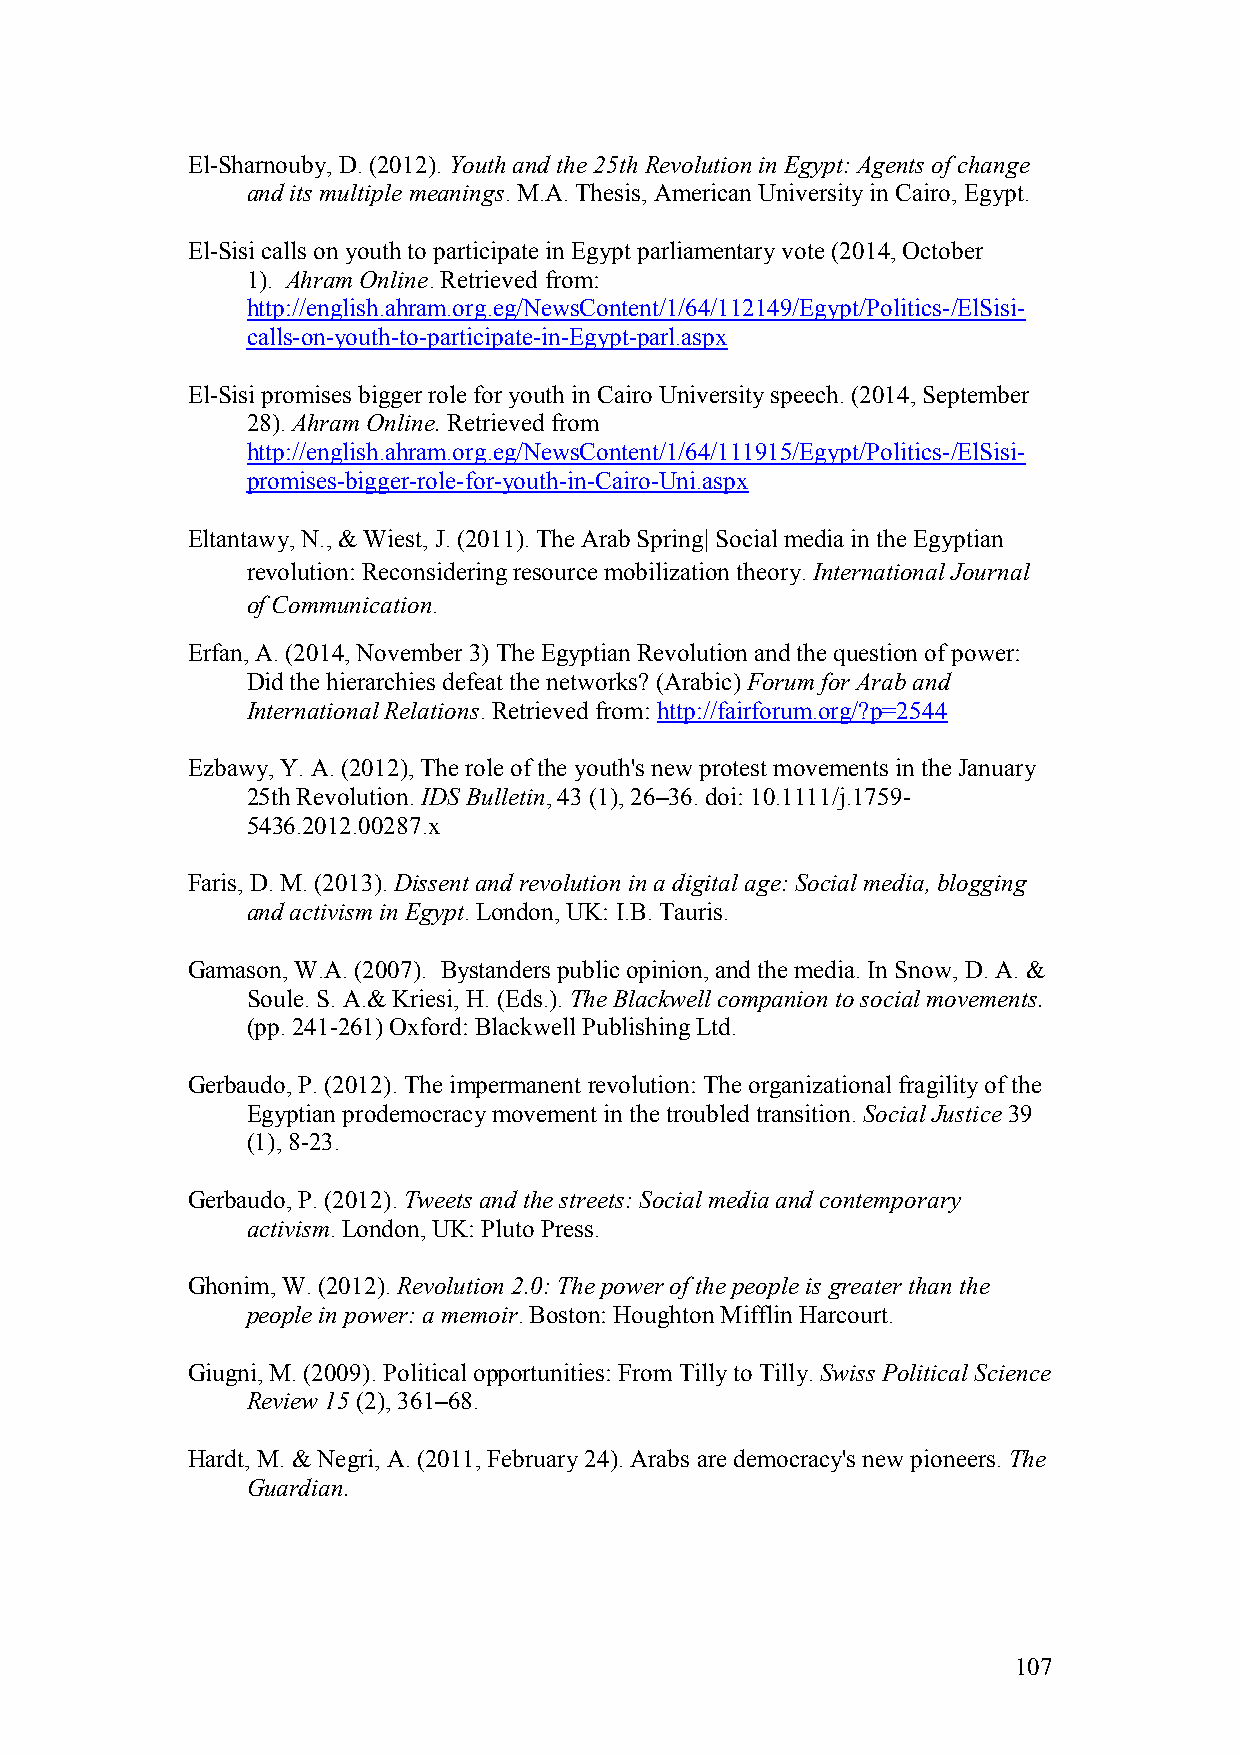
El-Sharnouby, D. (2012). Youth and the 25th Revolution in Egypt: Agents of change
 and its multiple meanings. M.A. Thesis, American University in Cairo, Egypt.
 El-Sisi calls on youth to participate in Egypt parliamentary vote (2014, October
 1). Ahram Online. Retrieved from:
 http://english.ahram.org.eg/NewsContent/1/64/112149/Egypt/Politics-/ElSisi-
 calls-on-youth-to-participate-in-Egypt-parl.aspx
 El-Sisi promises bigger role for youth in Cairo University speech. (2014, September
 28). Ahram Online. Retrieved from
 http://english.ahram.org.eg/NewsContent/1/64/111915/Egypt/Politics-/ElSisi-
 promises-bigger-role-for-youth-in-Cairo-Uni.aspx
 Eltantawy, N., & Wiest, J. (2011). The Arab Spring| Social media in the Egyptian
 revolution: Reconsidering resource mobilization theory. International Journal
 of Communication.
 Erfan, A. (2014, November 3) The Egyptian Revolution and the question of power:
 Did the hierarchies defeat the networks? (Arabic) Forum for Arab and
 International Relations. Retrieved from: http://fairforum.org/?p=2544
 Ezbawy, Y. A. (2012), The role of the youth's new protest movements in the January
 25th Revolution. IDS Bulletin, 43 (1), 26–36. doi: 10.1111/j.1759-
 5436.2012.00287.x
 Faris, D. M. (2013). Dissent and revolution in a digital age: Social media, blogging
 and activism in Egypt. London, UK: I.B. Tauris.
 Gamason, W.A. (2007). Bystanders public opinion, and the media. In Snow, D. A. &
 Soule. S. A.& Kriesi, H. (Eds.). The Blackwell companion to social movements.
 (pp. 241-261) Oxford: Blackwell Publishing Ltd.
 Gerbaudo, P. (2012). The impermanent revolution: The organizational fragility of the
 Egyptian prodemocracy movement in the troubled transition. Social Justice 39
 (1), 8-23.
 Gerbaudo, P. (2012). Tweets and the streets: Social media and contemporary
 activism. London, UK: Pluto Press.
 Ghonim, W. (2012). Revolution 2.0: The power of the people is greater than the
 people in power: a memoir. Boston: Houghton Mifflin Harcourt.
 Giugni, M. (2009). Political opportunities: From Tilly to Tilly. Swiss Political Science
 Review 15 (2), 361–68.
 Hardt, M. & Negri, A. (2011, February 24). Arabs are democracy's new pioneers. The
 Guardian.
 107